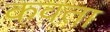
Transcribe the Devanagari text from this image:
कवता